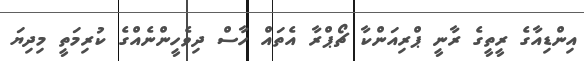
އިންޑިއާގެ ރީތީގެ ރާނީ ޕްރިއަންކާ ޗޯޕްރާ އެތައް ހާސް ދިވެހީންނެއްގެ ކުރިމަތީ މިދިޔަ